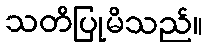
သတိပြုမိသည်။